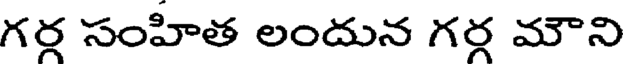
గర్గ సంహిత లందున గర్గ మౌని